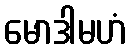
မောဒါမဟံ